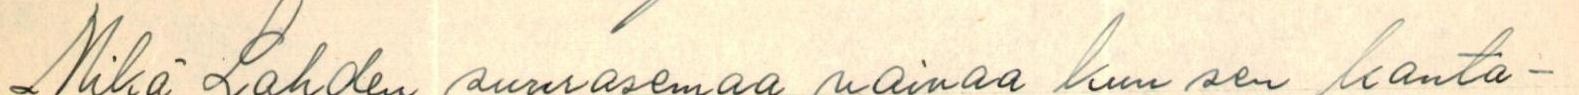
Mikä Lahden suurasemaa vaivaa kun sen kanta-